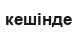
кешінде